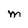
Character: M